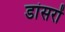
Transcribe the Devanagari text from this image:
डांसरों